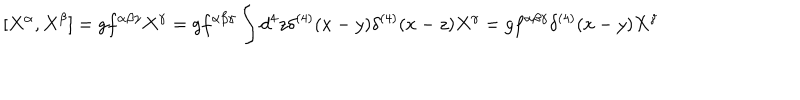
[ X ^ { \alpha } , X ^ { \beta } ] = g f ^ { \alpha \beta \gamma } X ^ { \gamma } = g f ^ { \alpha \beta \gamma } \int d ^ { 4 } z \delta ^ { ( 4 ) } ( x - y ) \delta ^ { ( 4 ) } ( x - z ) X ^ { \gamma } = g f ^ { \alpha \beta \gamma } \delta ^ { ( 4 ) } ( x - y ) X ^ { \gamma }